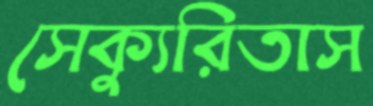
সেক্যুরিতাস